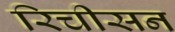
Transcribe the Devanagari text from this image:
रिचीसन